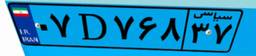
۰۷D۷۶۸۳۷